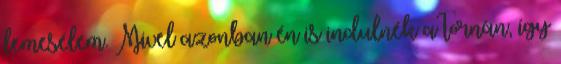
lemesélem. Mivel azonban én is indulnék a tornán, így